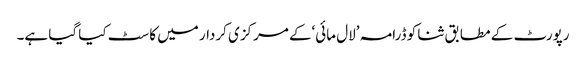
رپورٹ کے مطابق ثنا کو ڈرامہ ’لال مائی‘کے مرکزی کردار میں کاسٹ کیا گیا ہے۔